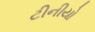
ટીનીયો